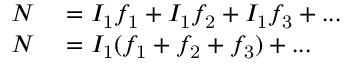
\begin{array} { r l } { N } & { { } = I _ { \mathrm { 1 } } f _ { \mathrm { 1 } } + I _ { \mathrm { 1 } } f _ { \mathrm { 2 } } + I _ { \mathrm { 1 } } f _ { \mathrm { 3 } } + . . . } \\ { N } & { { } = I _ { \mathrm { 1 } } ( f _ { \mathrm { 1 } } + f _ { \mathrm { 2 } } + f _ { \mathrm { 3 } } ) + . . . } \end{array}